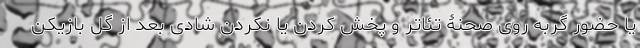
یا حضور گربه روی صحنۀ تئاتر و پخش کردن یا نکردن شادی بعد از گل بازیکن